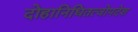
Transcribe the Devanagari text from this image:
दोहानिधितत्वोपदेश